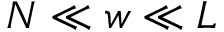
N \ll w \ll L